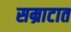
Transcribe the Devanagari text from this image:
सम्राटात